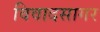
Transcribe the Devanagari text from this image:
विवादसागर